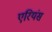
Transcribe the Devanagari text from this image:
एरियंस